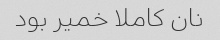
نان کاملا خمیر بود